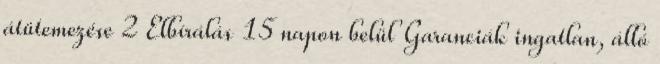
átütemezése 2 Elbírálás 15 napon belül Garanciák ingatlan, álló